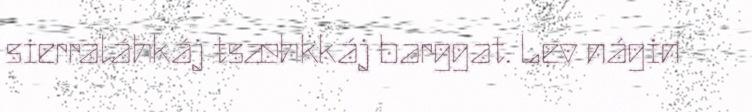
sierraláhkáj tsæhkkáj barggat. Lev nágin